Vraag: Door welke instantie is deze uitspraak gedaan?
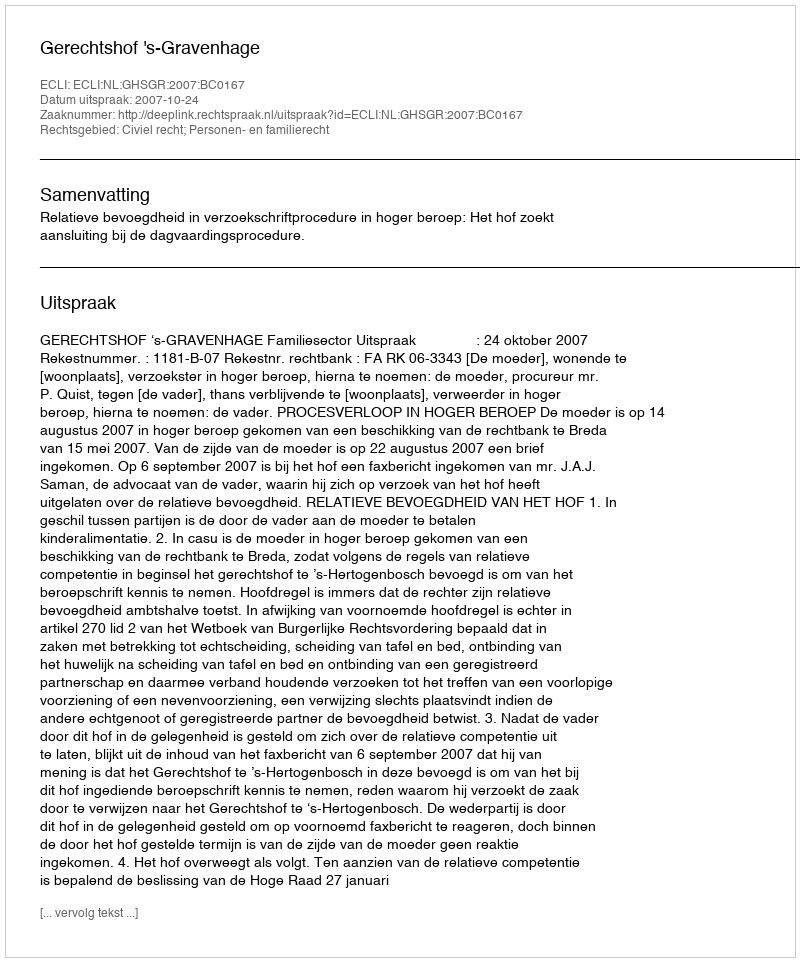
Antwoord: Gerechtshof 's-Gravenhage